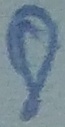
Text: 8